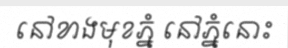
នៅខាងមុខភ្នំ នៅភ្នំនោះ